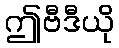
ဤဗီဒီယို